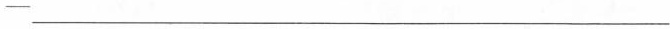
-___